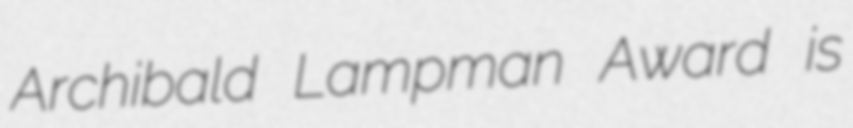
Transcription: Archibald Lampman Award is